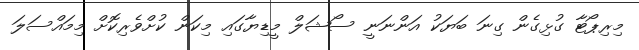
މިރިޕޯޓާ ގުޅިގެން ގިނަ ބަޔަކު އަންނަނީ ސޯޝަލް މީޑިޔާގައި މިކަން ކުށްވެރިކޮށް މިމައްސަލަ